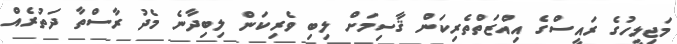
މަޖިލީހުގެ ރައީސްގެ އިއްޒަތްތެރިކަން ޤާސިމަށް ލިބި ވެރިކަން ލިބިދާނެ މެދު ރާސްތާ ދަތުރެއް